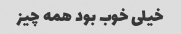
خیلی خوب بود همه چیز